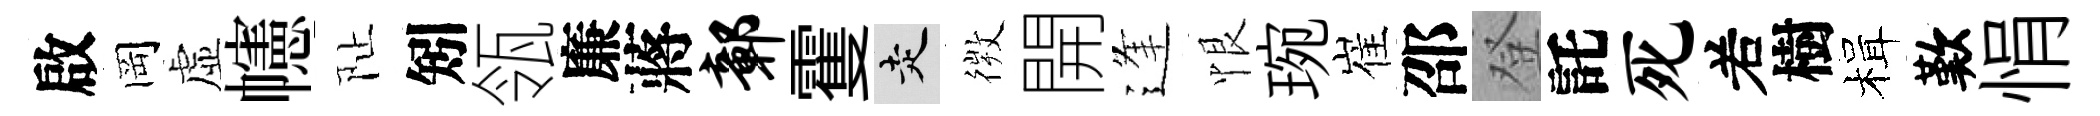
啟岡虚幰阯矧瓴廉蔣鄣䨥走𢕄開逢恨琬崔邵登託死𠰥樹楫歎悁